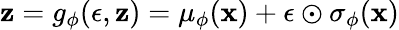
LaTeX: \mathbf{z}=g_{\phi}(\epsilon,\mathbf{z})=\mu_{\phi}(\mathbf{x})+\epsilon\odot\sigma_{\phi}(\mathbf{x})